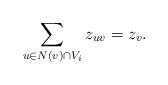
LaTeX: \begin{align*}\sum_{u\in N(v)\cap V_i}z_{uv}=z_v.\end{align*}